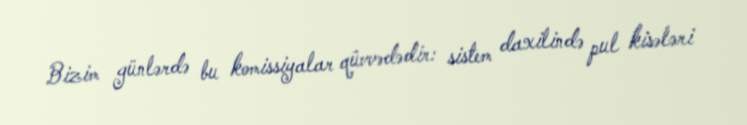
Bizim günlərdə bu komissiyalar qüvvədədir: sistem daxilində pul kisələri